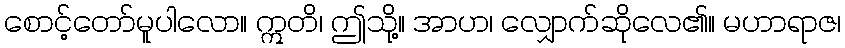
စောင့်တော်မူပါလော။ ဣတိ၊ ဤသို့။ အာဟ၊ လျှောက်ဆိုလေ၏။ မဟာရာဇ၊